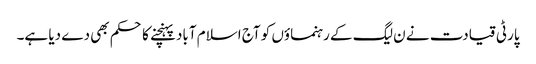
پارٹی قیادت نے ن لیگ کے رہنماؤں کو آج اسلام آباد پہنچنے کا حکم بھی دے دیا ہے۔